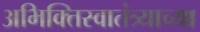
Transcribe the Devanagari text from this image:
अभिक्तिस्वातंत्र्याच्या